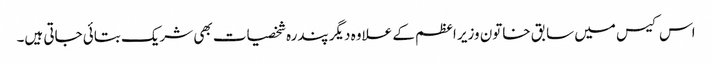
اس کیس میں سابق خاتون وزیر اعظم کے علاوہ دیگر پندرہ شخصیات بھی شریک بتائی جاتی ہیں۔